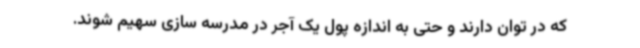
که در توان دارند و حتی به اندازه پول یک آجر در مدرسه سازی سهیم شوند.